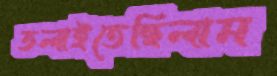
তলাইতেছিলাম